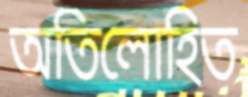
অতিলোহিত